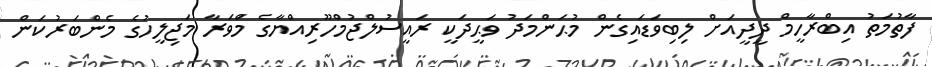
ފާތުމަތު އިބްރާހީމް ދީދީއަށް ލިބިވަޑައިގެން މުޙަންމަދު ވަޙީދަކީ ރައީސުލްޖުމްހޫރިއްޔާގެ މަްވަރާ މަޖިލީހުގެ މެންބަރުކަން